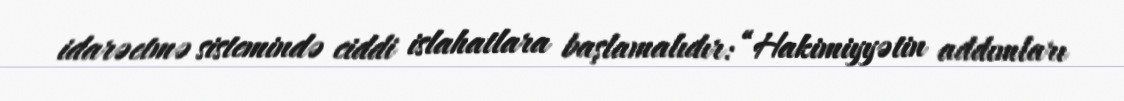
idarəetmə sistemində ciddi islahatlara başlamalıdır: “Hakimiyyətin addımları